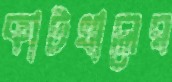
কাটখালের